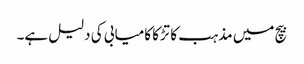
بیچ میں مذہب کا تڑکا کامیابی کی دلیل ہے۔